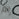
رام